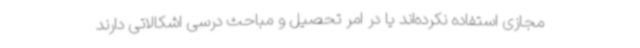
مجازی استفاده نکرده‌اند یا در امر تحصیل و مباحث درسی اشکالاتی دارند